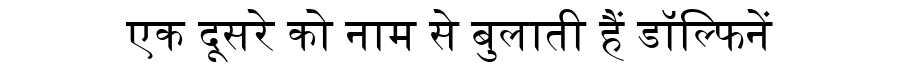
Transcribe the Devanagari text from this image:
एक दूसरे को नाम से बुलाती हैं डॉल्फिनें